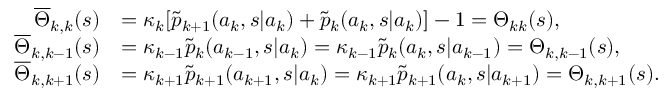
\begin{array} { r l } { \overline { { \Theta } } _ { k , k } ( s ) } & { = \kappa _ { k } [ \widetilde { p } _ { k + 1 } ( a _ { k } , s | a _ { k } ) + \widetilde { p } _ { k } ( a _ { k } , s | a _ { k } ) ] - 1 = \Theta _ { k k } ( s ) , } \\ { \overline { { \Theta } } _ { k , k - 1 } ( s ) } & { = \kappa _ { k - 1 } \widetilde { p } _ { k } ( a _ { k - 1 } , s | a _ { k } ) = \kappa _ { k - 1 } \widetilde { p } _ { k } ( a _ { k } , s | a _ { k - 1 } ) = \Theta _ { k , k - 1 } ( s ) , } \\ { \overline { { \Theta } } _ { k , k + 1 } ( s ) } & { = \kappa _ { k + 1 } \widetilde { p } _ { k + 1 } ( a _ { k + 1 } , s | a _ { k } ) = \kappa _ { k + 1 } \widetilde { p } _ { k + 1 } ( a _ { k } , s | a _ { k + 1 } ) = \Theta _ { k , k + 1 } ( s ) . } \end{array}